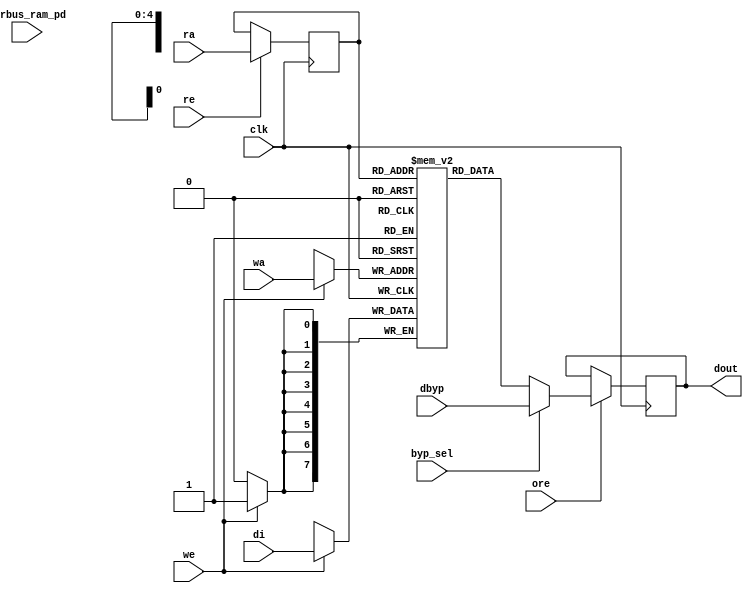
module nv_ram_rwsthp_20x8 (
  clk,
  ra,
  re,
  ore,
  dout,
  wa,
  we,
  di,
  byp_sel,
  dbyp,
  pwrbus_ram_pd
);
parameter FORCE_CONTENTION_ASSERTION_RESET_ACTIVE=1'b0;
// port list
input clk;
input [4:0] ra;
input re;
input ore;
output [7:0] dout;
input [4:0] wa;
input we;
input [7:0] di;
input byp_sel;
input [7:0] dbyp;
input [31:0] pwrbus_ram_pd;
//reg and wire list
reg [4:0] ra_d;
wire [7:0] dout;
reg [7:0] M [19:0];
always @( posedge clk ) begin
    if (we)
       M[wa] <= di;
end
always @( posedge clk ) begin
    if (re)
       ra_d <= ra;
end
wire [7:0] dout_ram = M[ra_d];
wire [7:0] fbypass_dout_ram = (byp_sel ? dbyp : dout_ram);
reg [7:0] dout_r;
always @( posedge clk ) begin
   if (ore)
       dout_r <= fbypass_dout_ram;
end
assign dout = dout_r;
endmodule